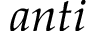
a n t i